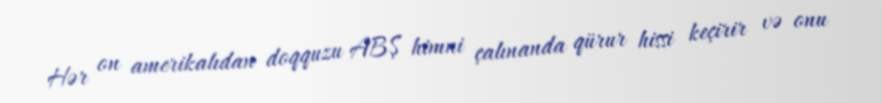
Hər on amerikalıdan doqquzu ABŞ himni çalınanda qürur hissi keçirir və onu